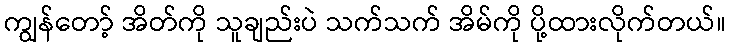
ကျွန်တော့် အိတ်ကို သူချည်းပဲ သက်သက် အိမ်ကို ပို့ထားလိုက်တယ်။